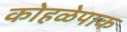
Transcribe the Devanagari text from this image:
कोहळेपाक